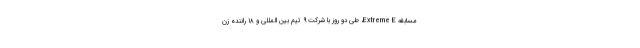
مسابقه Extreme E، طی دو روز با شرکت ۹ تیم بین المللی و ۱۸ راننده زن